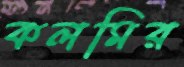
কলমির